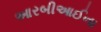
આરબીઆઈના